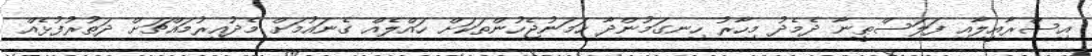
އިސްރާއީލާއި ފަލަސްޠީނާ ދެމެދު މިހާރު ހިނގަމުންދާ ހަމަނުޖެހުންތަކަށް ހައްލެއް ގެނައުމަށް މެދުއިރުމައްޗަށް ދަތުރުފުޅެއް